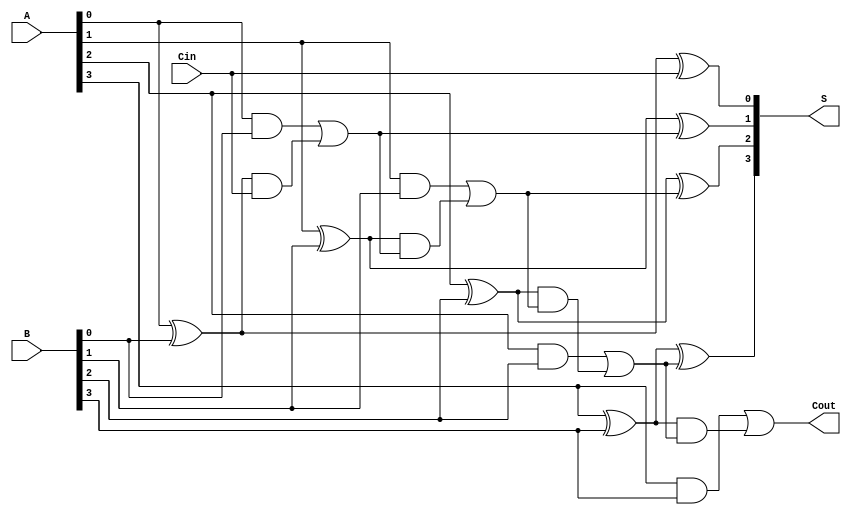
module RCLA #(parameter N = 4) (
    input  [N-1:0] A,         // First operand
    input  [N-1:0] B,         // Second operand
    input          Cin,        // Carry input
    output [N-1:0] S,         // Sum output
    output         Cout        // Carry output
);

    // Internal signals for generate and propagate
    wire [N-1:0] G;           // Generate signals
    wire [N-1:0] P;           // Propagate signals
    wire [N:0] C;             // Carry signals

    // Generate and Propagate calculation
    genvar i;
    generate
        for (i = 0; i < N; i = i + 1) begin : gen_prop
            assign G[i] = A[i] & B[i];  // Generate
            assign P[i] = A[i] ^ B[i];  // Propagate
        end
    endgenerate

    // Carry calculation using the carry lookahead logic
    assign C[0] = Cin;  // Initial carry input
    generate
        for (i = 0; i < N; i = i + 1) begin : carry_gen
            if (i == 0) begin
                assign C[i + 1] = G[i] | (P[i] & C[i]);
            end else begin
                assign C[i + 1] = G[i] | (P[i] & C[i]);
            end
        end
    endgenerate

    // Sum calculation
    generate
        for (i = 0; i < N; i = i + 1) begin : sum_calc
            assign S[i] = P[i] ^ C[i];   // Sum = A XOR B XOR Carry
        end
    endgenerate

    // Carry output
    assign Cout = C[N];

endmodule